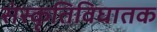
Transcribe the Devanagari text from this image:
संस्कृतिविघातक